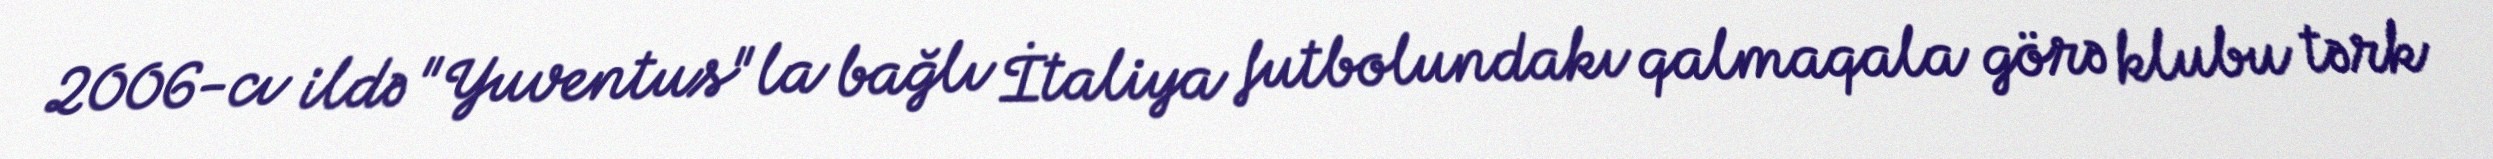
2006-cı ildə "Yuventus"la bağlı İtaliya futbolundakı qalmaqala görə klubu tərk